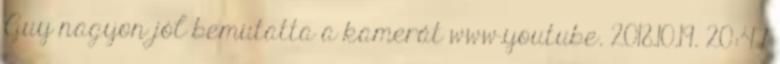
Guy nagyon jól bemutatta a kamerát www.youtube. 2018.10.19. 20:47